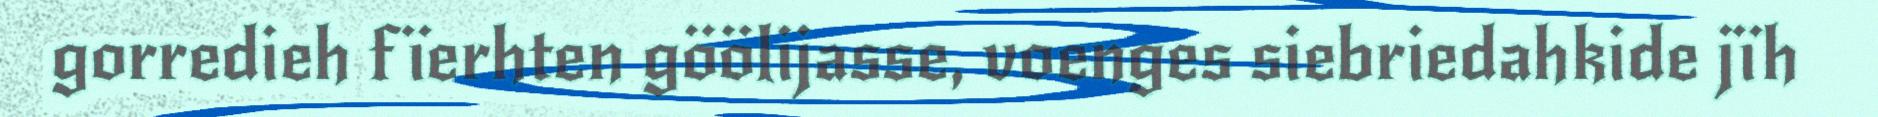
gorredieh fïerhten göölijasse, voenges siebriedahkide jïh